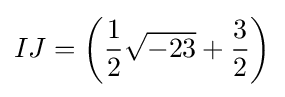
IJ=\left({\frac {1}{2}}{\sqrt {-23}}+{\frac {3}{2}}\right)